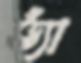
ভ্যাঁ